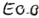
Text: E0.0